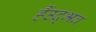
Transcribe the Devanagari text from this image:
हैंउद्भव